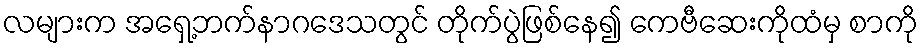
လများက အရှေ့ဘက်နာဂဒေသတွင် တိုက်ပွဲဖြစ်နေ၍ ကေဗီဆေးကိုထံမှ စာကို